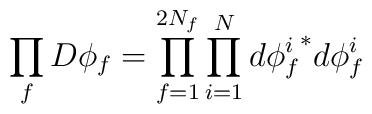
\prod_f D\phi_f = \prod_{f=1}^{2N_f} \prod_{i=1}^N d{\phi^i_f}^* d\phi^i_f